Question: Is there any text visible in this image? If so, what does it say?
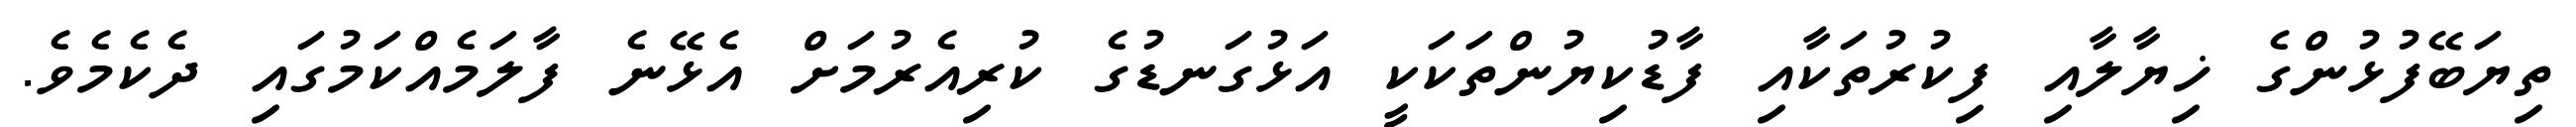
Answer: ތިޔަބޭފުޅުންގެ ޚިޔާލާއި ފިކުރުތަކާއި ފާޑުކިޔުންތަކަކީ އަޅުގަނޑުގެ ކުރިއެރުމަށް އެޅޭނެ ފާލަމެއްކަމުގައި ދެކެމެވެ.